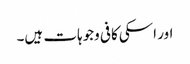
اور اسکی کافی وجوہات ہیں۔